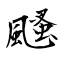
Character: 颾